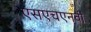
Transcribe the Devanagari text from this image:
एसएचएनवी